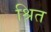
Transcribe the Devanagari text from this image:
श्रित